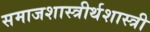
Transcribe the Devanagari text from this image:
समाजशास्त्रीर्थशास्त्री